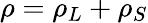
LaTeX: \rho=\rho_{L}+\rho_{S}